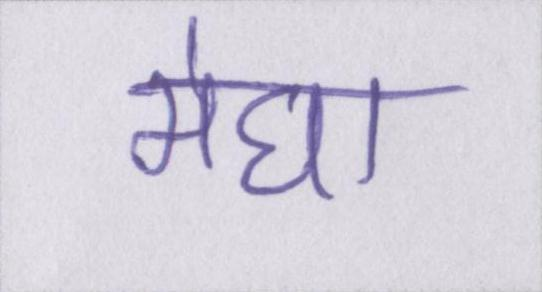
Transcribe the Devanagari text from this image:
मेघा